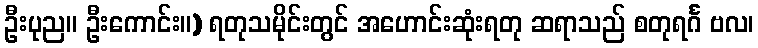
ဦးပုည။ ဦးကောင်း။) ရတုသမိုင်းတွင် အဟောင်းဆုံးရတု ဆရာသည် စတုရင်္ဂ ဗလ၊